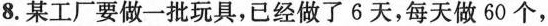
8. 某工厂要做一批玩具，已经做了 6 天，每天做 60 个，